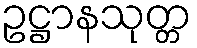
ဥဋ္ဌာနသုတ္တ